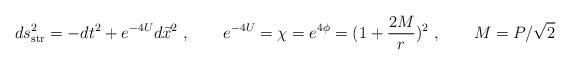
LaTeX: \begin{align*}ds^2_{\rm str}= - dt^2 + e^{-4 U} d\vec{x}^2\ , \qquad e^{-4U} = \chi = e^{4\phi} =(1+ {2M \over r})^2\ , \qquad M=P/\sqrt 2\end{align*}